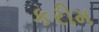
કરીમ